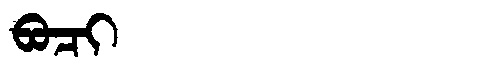
Manchu: ᠪᠣᠴᡳ
Romanization: BOCI